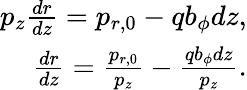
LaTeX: \begin{array}{r}{p_{z}\frac{dr}{dz}=p_{r,0}-qb_{\phi}dz,}\\ {\frac{dr}{dz}=\frac{p_{r,0}}{p_{z}}-\frac{qb_{\phi}dz}{p_{z}}.}\end{array}